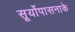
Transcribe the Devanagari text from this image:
सूर्योपासनाके